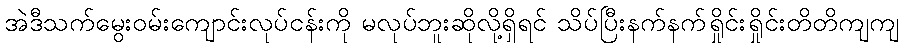
အဲဒီသက်မွေးဝမ်းကျောင်းလုပ်ငန်းကို မလုပ်ဘူးဆိုလို့ရှိရင် သိပ်ပြီးနက်နက်ရှိုင်းရှိုင်းတိတိကျကျ